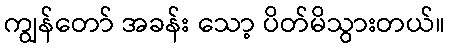
ကျွန်တော် အခန်း သော့ ပိတ်မိသွားတယ်။